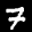
Label: 7